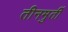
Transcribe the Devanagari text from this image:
तीनमुर्ती